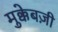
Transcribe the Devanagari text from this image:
मुक्केबज़ी